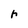
Character: r